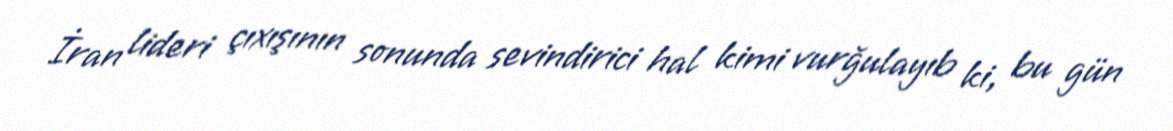
İran lideri çıxışının sonunda sevindirici hal kimi vurğulayıb ki, bu gün